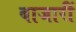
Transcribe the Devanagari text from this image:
बाजारीं